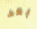
بعد